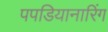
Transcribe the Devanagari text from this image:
पपडियानारिंग